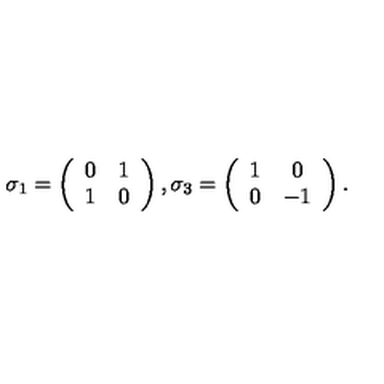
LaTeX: \sigma _ { 1 } = \left( \begin{array} { c c } { 0 } & { 1 } \\ { 1 } & { 0 } \\ \end{array} \right) , \sigma _ { 3 } = \left( \begin{array} { c c } { 1 } & { 0 } \\ { 0 } & { - 1 } \\ \end{array} \right) .